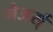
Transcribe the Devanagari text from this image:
मेअर्स्